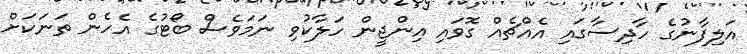
އަލިފާނުގެ ހާދިސާގައި އެއްޗެއް ގޮވައި އިންޖީން ހަލާކުވި ނަމަވެސް ބޯޓުގެ އެހެން ތަނަކަށް